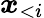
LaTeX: \boldsymbol x_{<i}